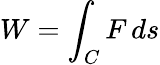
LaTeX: W=\int_{C}F\, ds